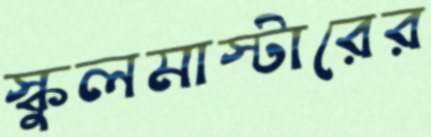
স্কুলমাস্টারের